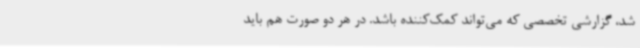
شد، گزارشی تخصصی که می‌تواند کمک‌کننده باشد. در هر دو صورت هم باید